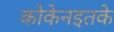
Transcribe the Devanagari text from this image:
कोकेनइतके